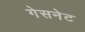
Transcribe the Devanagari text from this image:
गेसनेट